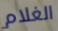
الغلام